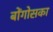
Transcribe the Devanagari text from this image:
बोंगोसका